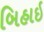
બિહાઇ